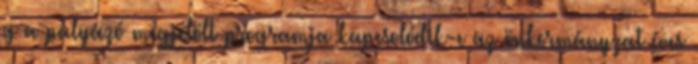
g a pályázó megjelölt programja kapcsolódik-e az önkormányzat éves